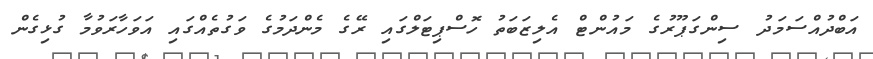
އަބްދުއްސަމަދު ސިންގަޕޫރުގެ މައުންޓް އެލިޒަބަތު ހޮސްޕިޓަލްގައި ރޭގެ މެންދަމުގެ ވަގުތެއްގައި އަވަހާރަވުމާ ގުޅިގެން